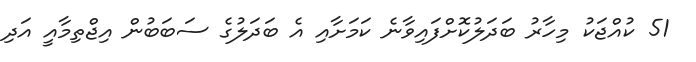
51 ކުއްޖަކު މިހާރު ބަދަލުކޮށްފައިވާނެ ކަމަށާއި އެ ބަދަލުގެ ސަބަބުން އިޖްތިމާއީ އަދި